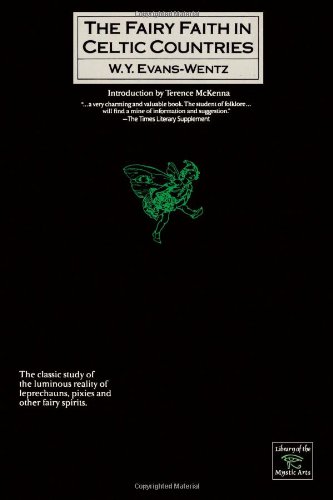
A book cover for Fairy-Faith in Celtic Countries (Library of the Mystic Arts); Walter Evans-Wentz; Literature & Fiction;